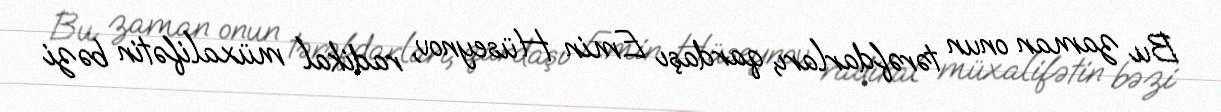
Bu zaman onun tərəfdarları, qardaşı Emin Hüseynov, radikal müxalifətin bəzi